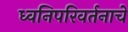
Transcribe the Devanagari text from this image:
ध्वनिपरिवर्तनाचे